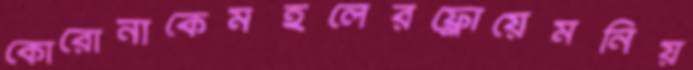
কোরোনাকেমহলেরফ্লোয়েমনিয়